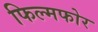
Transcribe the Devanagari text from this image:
फिल्मफोर